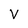
Character: v